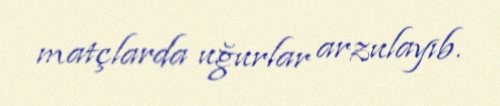
matçlarda uğurlar arzulayıb.